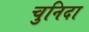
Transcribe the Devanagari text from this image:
चुनिदा